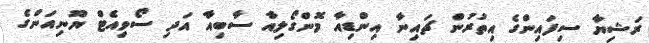
ރަޝިޔާ ސިފައިންގެ އިތުރުން ޗަައިނާ އިންޑިއާ މޮންގޯލިއާ ސާބިއާ އަދި ސޯވިއެޓް ޔޫނިއަންގެ